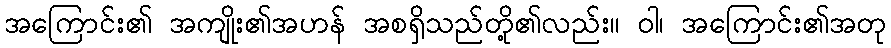
အကြောင်း၏ အကျိုး၏အဟန် အစရှိသည်တို့၏လည်း။ ဝါ၊ အကြောင်း၏အတု